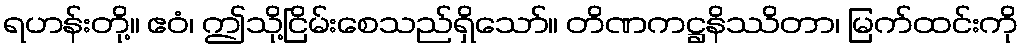
ရဟန်းတို့။ ဧဝံ၊ ဤသို့ငြိမ်းစေသည်ရှိသော်။ တိဏကဋ္ဌနိဿိတာ၊ မြက်ထင်းကို